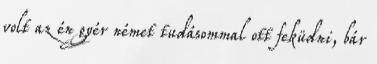
volt az én gyér német tudásommal ott feküdni, bár